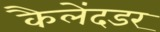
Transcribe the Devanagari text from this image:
कैलेंदडर